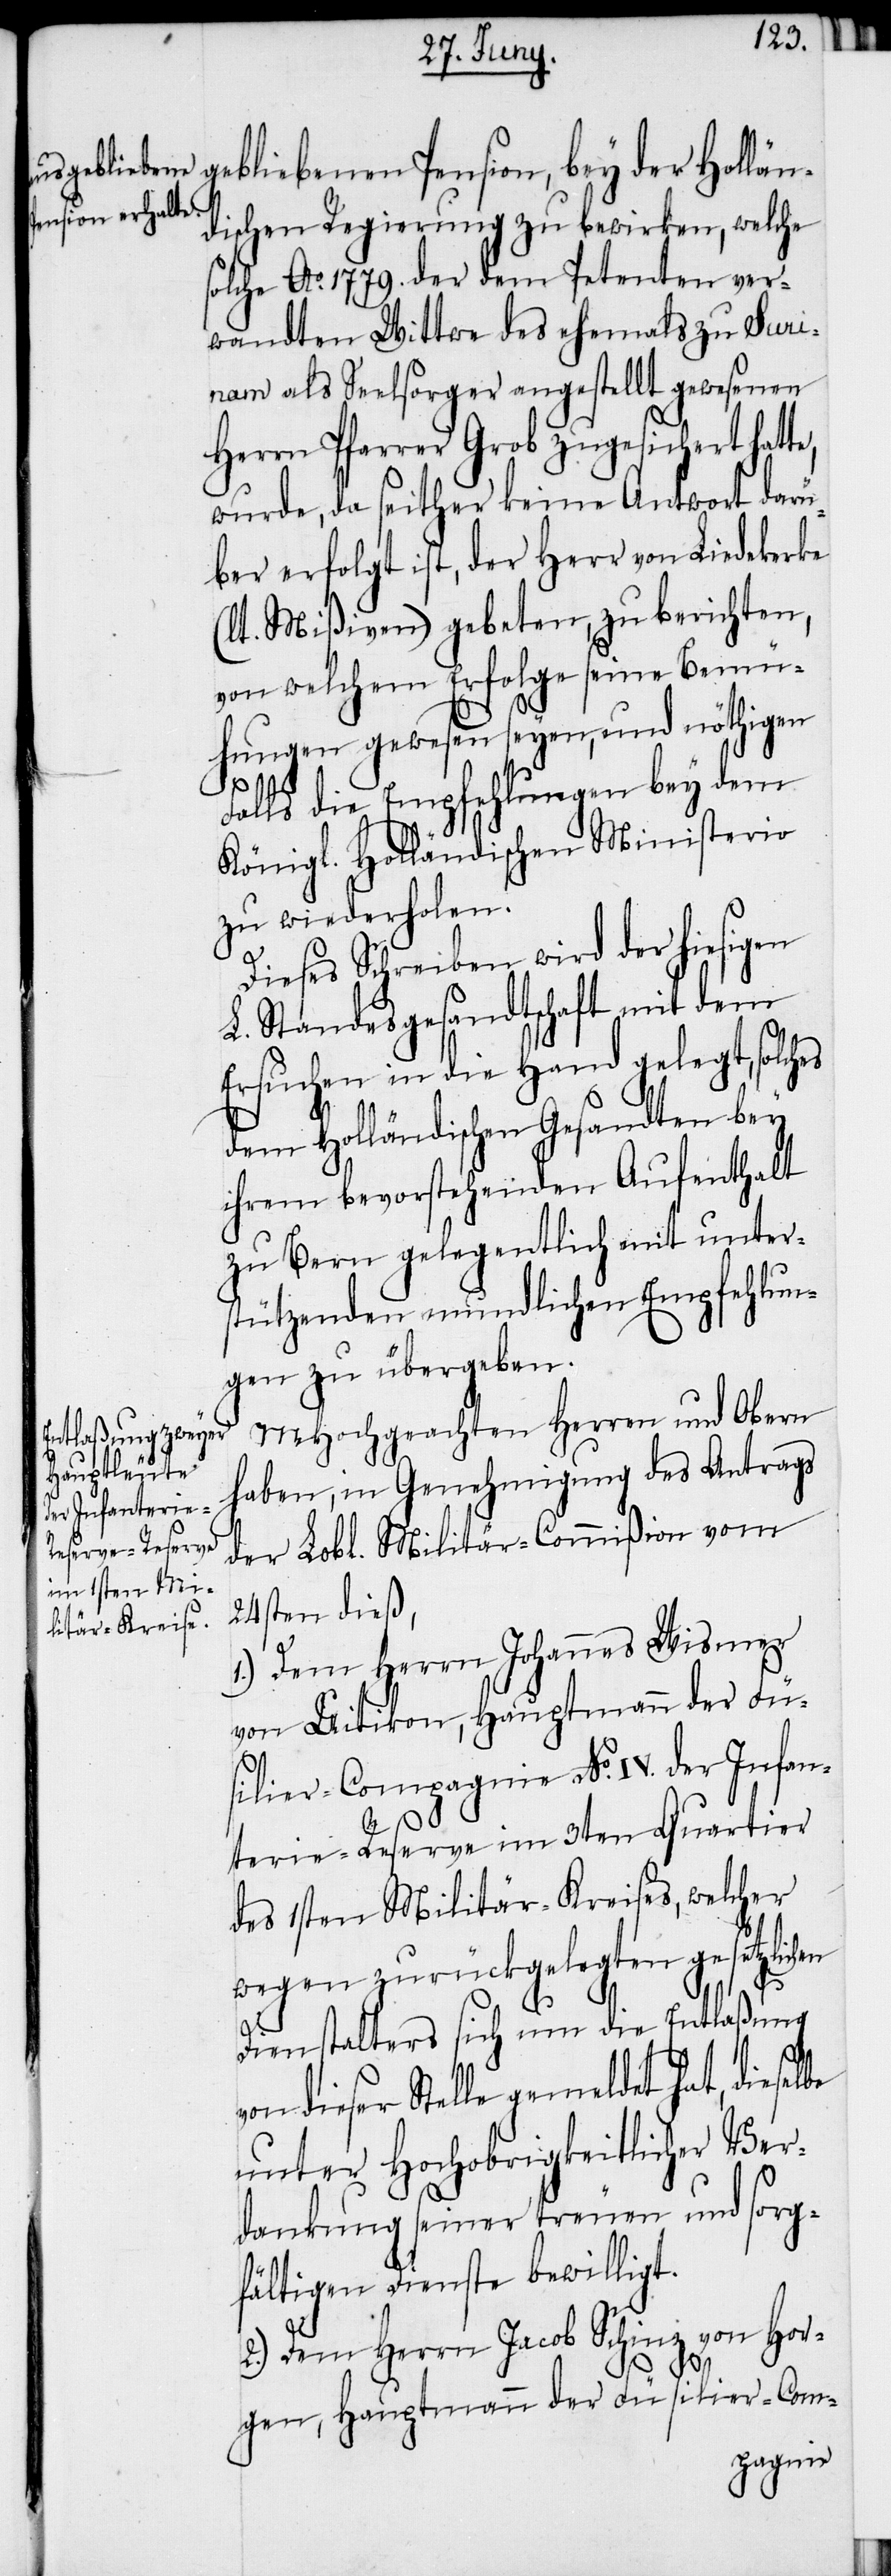
gebliebenen Pension, bey der Hollän¬
dischen Regierung zu bewirken, welche
solche Ao. 1779. der dem Petenten ver¬
wandten Wittwe des ehemals zu Suri¬
nam als Seelsorger angestellt gewesenen
Herrn Pfarrer Grob zugesichert hat¬
wurde, da seither keine Antwort darü¬
ber erfolgt ist, der Herr von Liedekerke
(lt. Mißiven) gebeten, zu berichten,
von welchem Erfolge seine Bemü¬
hungen gewesen seyen, und nöthigen
Falls die Empfehlungen bey dem
Königl. Holländischen Ministerio
zu wiederholen.
Dieses Schreiben wird der hiesigen
L. Standesgesandtschaft mit dem
Ersuchen in die Hand gelegt, solches
dem Holländischen Gesandten bey
ihrem bevorstehenden Aufenthalt
zu Bern gelegentlich mit unter¬
stützenden mundlichen Empfehlun¬
gen zu übergeben.
MHochgeachten Herren und Obern
haben, in Genehmigung des Antrags
der Lobl. Militär-Commißion vom
24sten dieß,
1.) Dem Herrn Johannes Wismer
von Uitikon, Hauptmann der Fü¬
silier-Compagnie No. IV. der Infan¬
terie-Reserve im 3ten Quartier
des 1sten Militär-Kreises, welcher
wegen zurückgelegten gesetzlichen
te,
Dienstalters sich um die Entlaßung
von dieser Stelle gemeldet hat, dieselbe
unter Hochobrigkeitlicher Ver¬
dankung seiner treuen und sorg¬
fältigen Dienste bewilligt.
2.) Dem Herrn Jacob Schinz von Hor¬
gen, Hauptmann der Füsilier-Com-